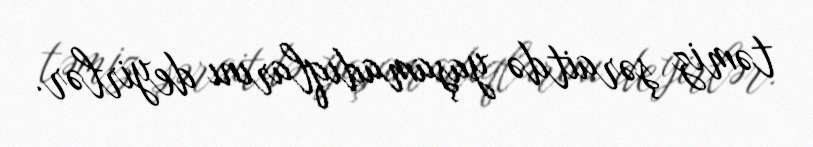
təmiz şəraitdə yaşamadıqlarını deyirlər.